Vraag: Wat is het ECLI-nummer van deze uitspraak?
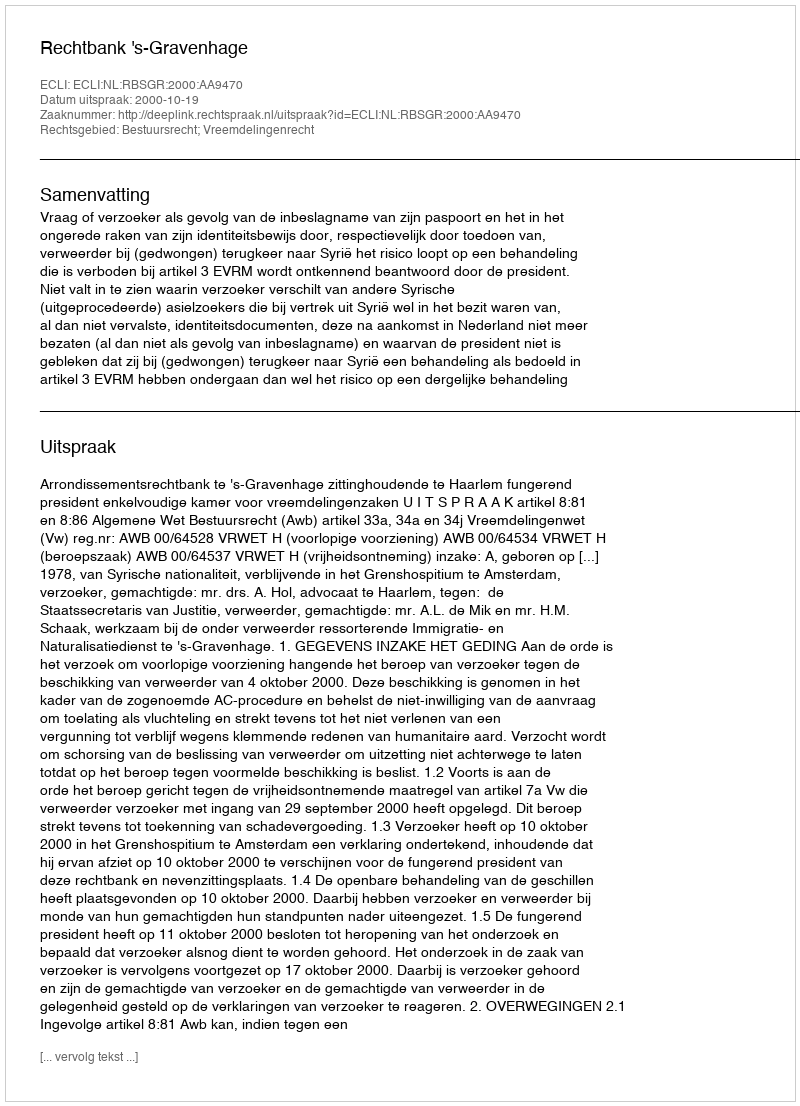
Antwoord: ECLI:NL:RBSGR:2000:AA9470